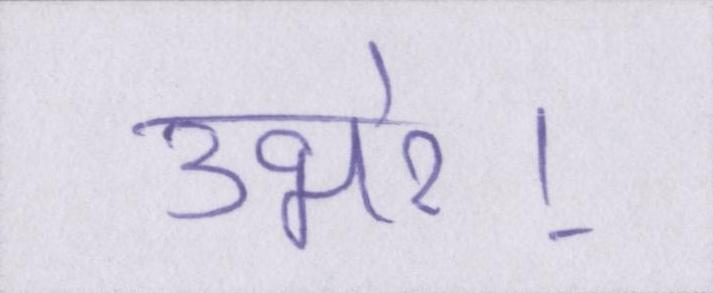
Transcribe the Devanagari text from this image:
उभरे।